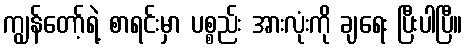
ကျွန်တော့်ရဲ့ စာရင်းမှာ ပစ္စည်း အားလုံးကို ချရေး ပြီးပါပြီ။